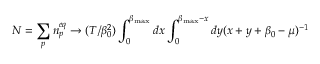
N = \sum _ { p } n _ { p } ^ { e q } \to ( T / \beta _ { 0 } ^ { 2 } ) \int _ { 0 } ^ { \beta _ { \mathrm { m a x } } } d x \int _ { 0 } ^ { \beta _ { \mathrm { m a x } } - x } d y ( x + y + \beta _ { 0 } - \mu ) ^ { - 1 }